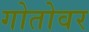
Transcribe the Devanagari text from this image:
गोतोवर